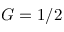
G = 1 / 2